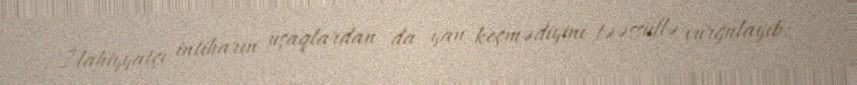
İlahiyyatçı intiharın uşaqlardan da yan keçmədiyini təəssüflə vurğulayıb: